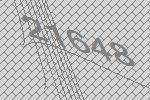
21648